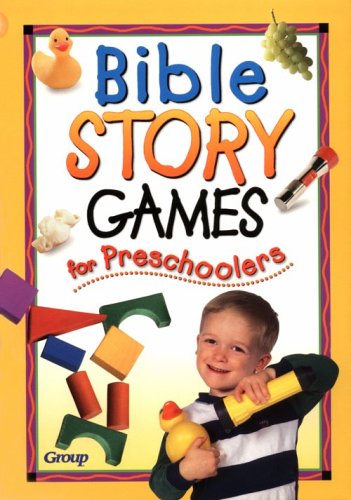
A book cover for Bible Story Games for Preschoolers; Christian Books & Bibles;